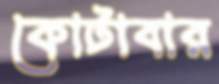
কোটাবার